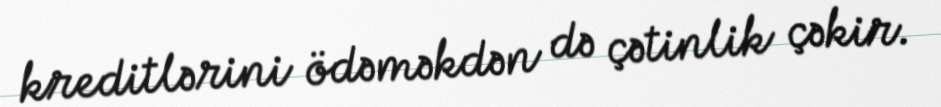
kreditlərini ödəməkdən də çətinlik çəkir.